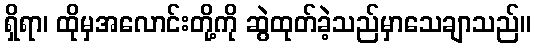
ရှိရာ၊ ထိုမှအလောင်းတို့ကို ဆွဲထုတ်ခဲ့သည်မှာသေချာသည်။